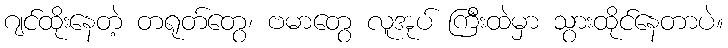
ဂျင်ထိုးနေတဲ့ တရုတ်တွေ၊ ဗမာတွေ လူအုပ် ကြီးထဲမှာ သွားထိုင်နေတာပဲ။